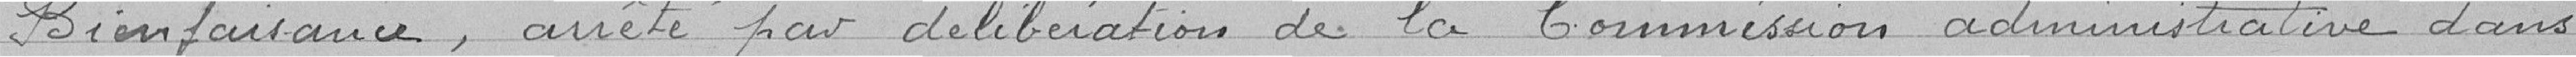
Bienfaisance, arrêté par délibération de la Commission administrative dans